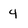
Character: 4